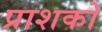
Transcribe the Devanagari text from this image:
प्राशकों